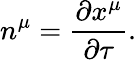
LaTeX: n^{\mu}=\frac{\partial x^{\mu}}{\partial\tau}.